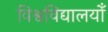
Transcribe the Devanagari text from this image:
विश्वविद्यालयोँ